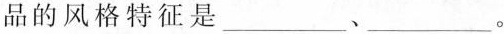
品的风格特征是_________、____。